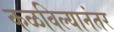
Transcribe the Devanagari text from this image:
कळविल्यानंतर